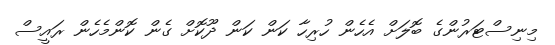
މިނިސްޓަރުންގެ ބޮލަށް އެހެން ހުރިހާ ކަން ކަން ދޫކޮށް ގެން ކޮންމެހެން ރައީސް